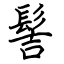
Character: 髻